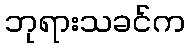
ဘုရားသခင်က